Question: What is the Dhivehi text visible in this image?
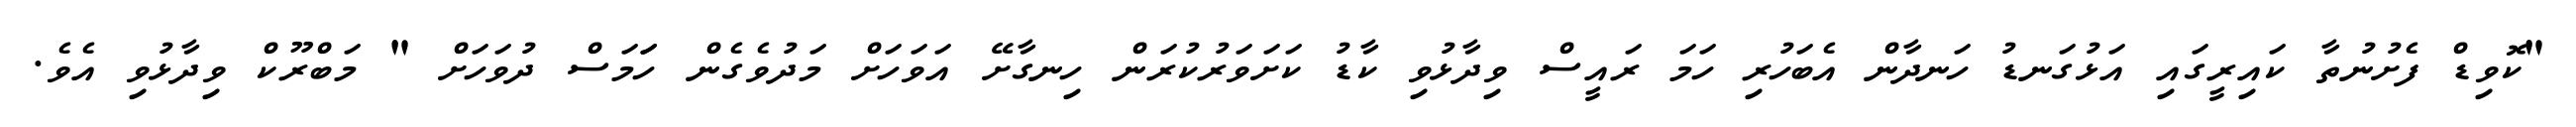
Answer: "ކޮވިޑް ފެށުނުތާ ކައިރީގައި އަޅުގަނޑު ހަނދާން އެބަހުރި ހަމަ ރައީސް ވިދާޅުވި ކާޑު ކަށަވަރުކުރަން ހިނގާށޭ އަވަހަށް މަދުވެގެން ހަަމަސް ދުވަހަށް " މަބްރޫކް ވިދާޅުވި އެވެ.